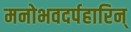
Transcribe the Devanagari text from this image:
मनोभवदर्पहारिन्